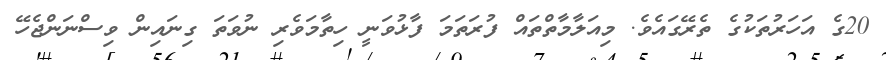
20ގެ އަހަރުތަކުގެ ތެރޭގައެވެ. މިއަލާމާތްތައް ފުރަތަމަ ފާޅުވަނީ ހިތާމަވެރި ނުވަތަ ގިނައިން ވިސްނަންޖެހޭ